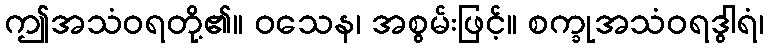
ဤအသံဝရတို့၏။ ဝသေန၊ အစွမ်းဖြင့်။ စက္ခုအသံဝရဒွါရံ၊